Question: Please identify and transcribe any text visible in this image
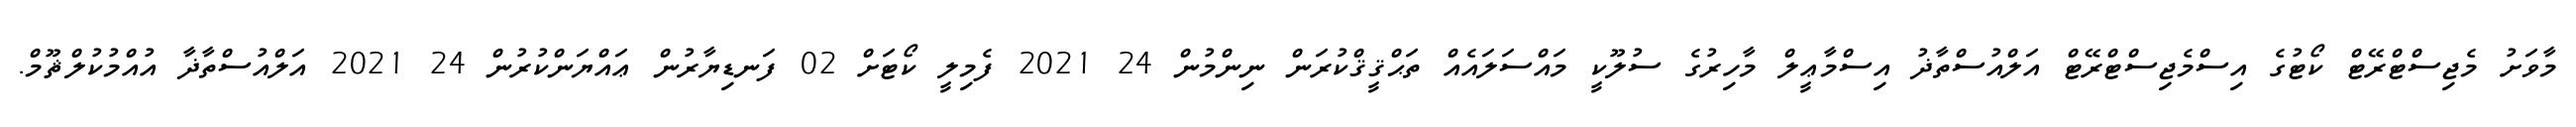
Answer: މާވަށު މެޖިސްޓްރޭޓް ކޯޓުގެ އިސްމެޖިސްޓްރޭޓް އަލްއުސްތާޛު އިސްމާޢީލް މާހިރުގެ ސުލޫކީ މައްސަލައެއް ތަޙްޤީޤްކުރަން ނިންމުން 24 2021 ފެމިލީ ކޯޓަށް 02 ފަނޑިޔާރުން ޢައްޔަންކުރުން 24 2021 އަލްއުސްތާޛާ އުއްމުކުލްޘޫމް.